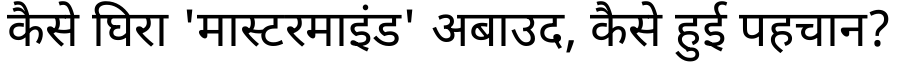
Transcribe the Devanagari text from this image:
कैसे घिरा 'मास्टरमाइंड' अबाउद, कैसे हुई पहचान?